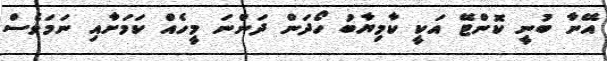
އޭނާ ބުނީ ކޮންޓޭ އަކީ ކާމިޔާބު ހޯދަން ދަންނަ މީހެއް ކަމަށާއި ނަމަވެސް